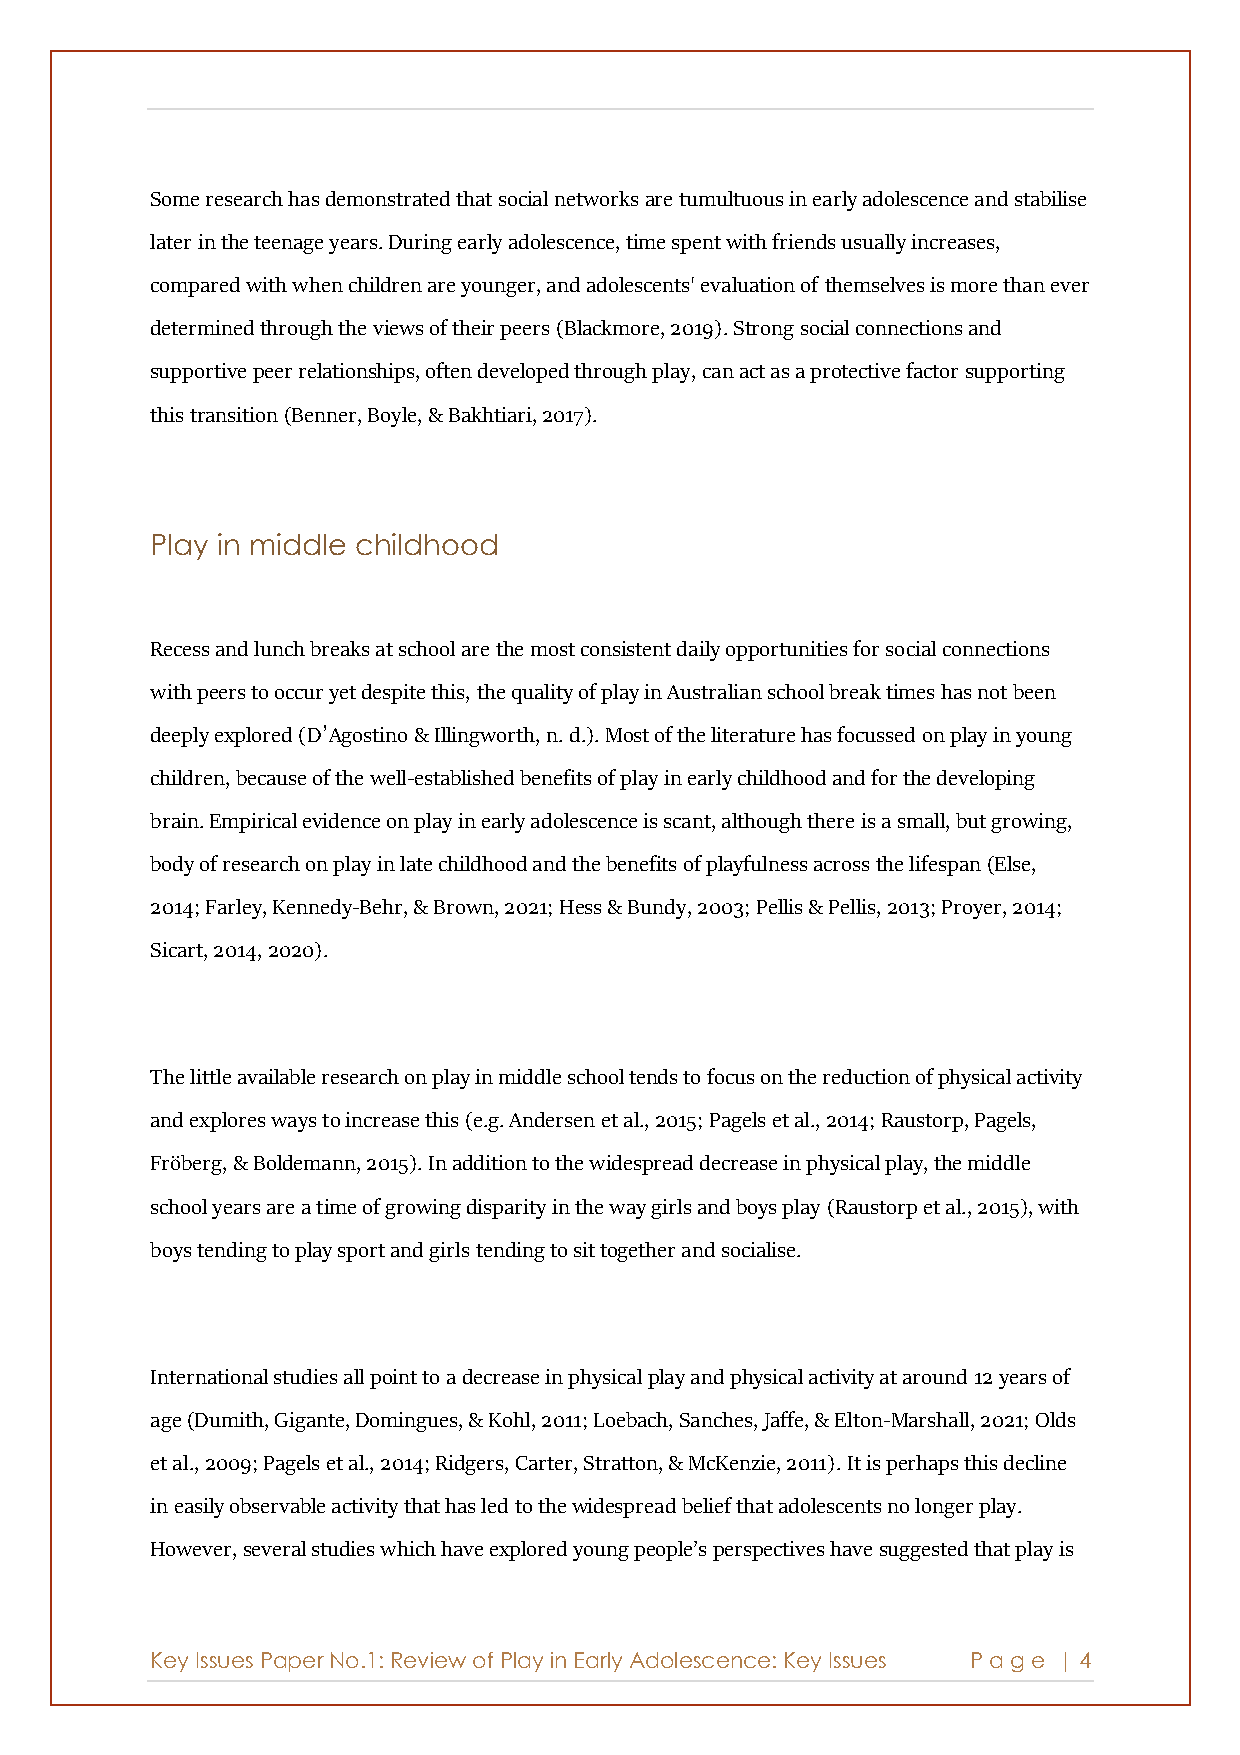
Some research has demonstrated that social networks are tumultuous in early adolescence and stabilise
 later in the teenage years. During early adolescence, time spent with friends usually increases,
 compared with when children are younger, and adolescents' evaluation of themselves is more than ever
 determined through the views of their peers (Blackmore, 2019). Strong social connections and
 supportive peer relationships, often developed through play, can act as a protective factor supporting
 this transition (Benner, Boyle, & Bakhtiari, 2017).
 Play in middle childhood
 Recess and lunch breaks at school are the most consistent daily opportunities for social connections
 with peers to occur yet despite this, the quality of play in Australian school break times has not been
 deeply explored (D’Agostino & Illingworth, n. d.). Most of the literature has focussed on play in young
 children, because of the well-established benefits of play in early childhood and for the developing
 brain. Empirical evidence on play in early adolescence is scant, although there is a small, but growing,
 body of research on play in late childhood and the benefits of playfulness across the lifespan (Else,
 2014; Farley, Kennedy-Behr, & Brown, 2021; Hess & Bundy, 2003; Pellis & Pellis, 2013; Proyer, 2014;
 Sicart, 2014, 2020).
 The little available research on play in middle school tends to focus on the reduction of physical activity
 and explores ways to increase this (e.g. Andersen et al., 2015; Pagels et al., 2014; Raustorp, Pagels,
 Fröberg, & Boldemann, 2015). In addition to the widespread decrease in physical play, the middle
 school years are a time of growing disparity in the way girls and boys play (Raustorp et al., 2015), with
 boys tending to play sport and girls tending to sit together and socialise.
 International studies all point to a decrease in physical play and physical activity at around 12 years of
 age (Dumith, Gigante, Domingues, & Kohl, 2011; Loebach, Sanches, Jaffe, & Elton-Marshall, 2021; Olds
 et al., 2009; Pagels et al., 2014; Ridgers, Carter, Stratton, & McKenzie, 2011). It is perhaps this decline
 in easily observable activity that has led to the widespread belief that adolescents no longer play.
 However, several studies which have explored young people’s perspectives have suggested that play is
 Key Issues Paper No.1: Review of Play in Early Adolescence: Key Issues P age | 4